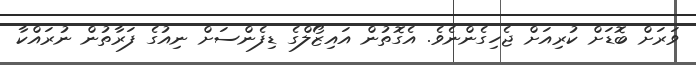
ވަރަށް ބޮޑަށް ކުރިއަށް ޖެހިގެންނެވެ. އެގޮތުން އައިޒޯލްގެ ޑިފެންސަށް ނިއުގެ ފަރާތުން ނުރައްކާ